Civil Veterinary Department. Madras. Admin. report 1926-33 - 1926-1933
Year: 1926
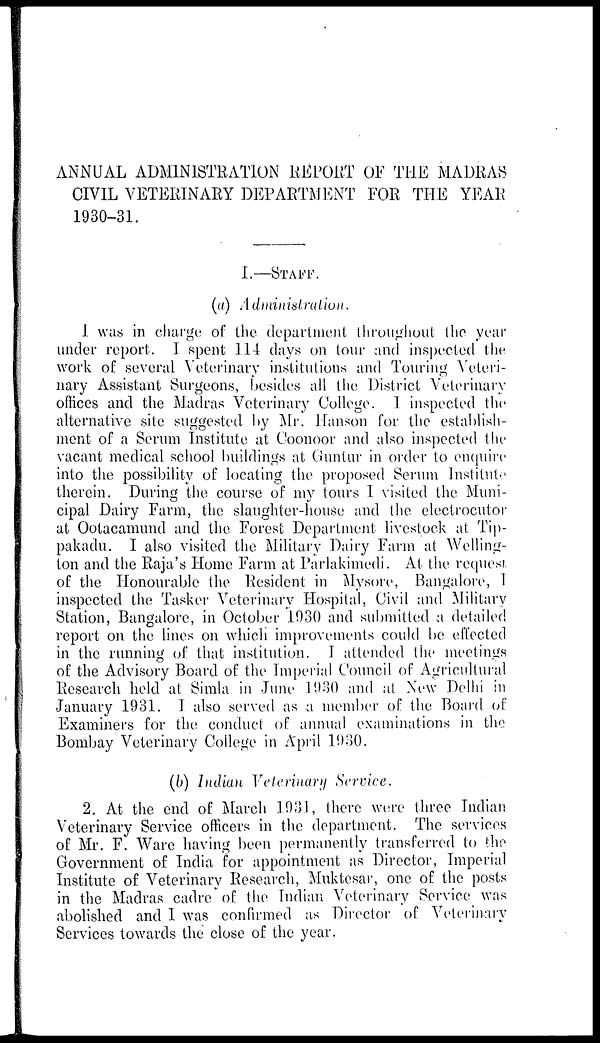
ANNUAL ADMINISTRATION REPORT OF THE MADRAS
CIVIL VETERINARY DEPARTMENT FOR THE YEAR
1930-31.
I.—STAFF.
(a) Administration.
I was in charge of the department throughout the year
under report. I spent 114 days on tour and inspected the
work of several Veterinary institutions and Touring Veteri-
nary Assistant Surgeons, besides all the District Veterinary
offices and the Madras Veterinary College. I inspected the
alternative site suggested by Mr. Hanson for the establish-
ment of a Serum Institute at Coonoor and also inspected the
vacant medical school buildings at Guntur in order to enquire
into the possibility of locating the proposed Serum Institute
therein. During the course of my tours I visited the Muni-
cipal Dairy Farm, the slaughter-house and the electrocutor
at Ootacamund and the Forest Department livestock at Tip-
pakadu. I also visited the Military Dairy Farm at Welling-
ton and the Raja's Home Farm at Parlakimedi. At the request
of the Honourable the Resident in Mysore, Bangalore, I
inspected the Tasker Veterinary Hospital, Civil and Military
Station, Bangalore, in October 1930 and submitted a detailed
report on the lines on which improvements could be effected
in the running of that institution. I attended the meetings
of the Advisory Board of the Imperial Council of Agricultural
Research held at Simla in June 1930 and at New Delhi in
January 1931. I also served as a member of the Board of
Examiners for the conduct of annual examinations in the
Bombay Veterinary College in April 1930.
(b) Indian Veterinary Service.
2. At the end of March 1931, there were three Indian
Veterinary Service officers in the department. The services
of Mr. F. Ware having been permanently transferred to the
Government of India for appointment as Director, Imperial
Institute of Veterinary Research, Muktesar, one of the posts
in the Madras cadre of the Indian Veterinary Service was
abolished and I was confirmed as Director of Veterinary
Services towards the close of the year.